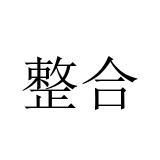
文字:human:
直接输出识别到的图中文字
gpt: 整合